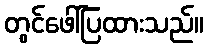
တွင်ဖေါ်ပြထားသည်။